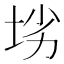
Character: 𱖢